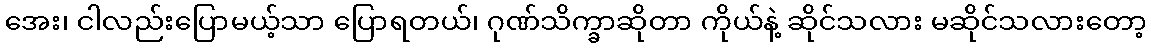
အေး၊ ငါလည်းပြောမယ့်သာ ပြောရတယ်၊ ဂုဏ်သိက္ခာဆိုတာ ကိုယ်နဲ့ ဆိုင်သလား မဆိုင်သလားတော့